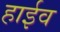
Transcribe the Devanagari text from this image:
हाईव